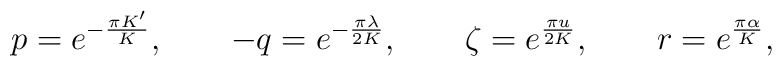
p = e^{-\frac{\pi K'}{K}},  \qquad  -q = e^{-\frac{\pi\lambda}{2K}},  \qquad  \zeta = e^{\frac{\pi u}{2K}},  \qquad  r = e^{\frac{\pi\alpha}{K}},